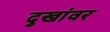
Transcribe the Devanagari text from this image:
दुखांवर